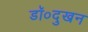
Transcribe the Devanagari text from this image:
डॉ०दुखन